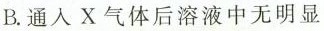
B.通入X气体后溶液中无明显